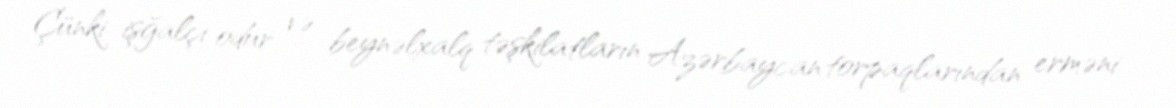
Çünki işğalçı odur və beynəlxalq təşkilatların Azərbaycan torpaqlarından erməni